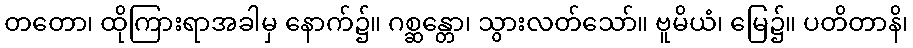
တတော၊ ထိုကြားရာအခါမှ နောက်၌။ ဂစ္ဆန္တော၊ သွားလတ်သော်။ ဗူမိယံ၊ မြေ၌။ ပတိတာနိ၊